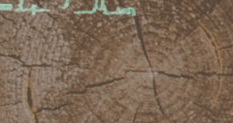
قاعات المناسبات في فندق ا